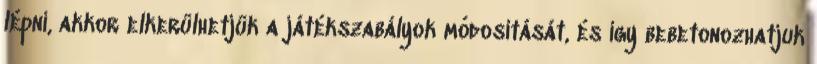
lépni, akkor elkerülhetjük a játékszabályok módosítását, és így bebetonozhatjuk